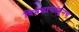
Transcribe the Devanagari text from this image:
दिवसापासूनच